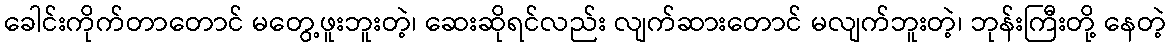
ခေါင်းကိုက်တာတောင် မတွေ့ဖူးဘူးတဲ့၊ ဆေးဆိုရင်လည်း လျက်ဆားတောင် မလျက်ဘူးတဲ့၊ ဘုန်းကြီးတို့ နေတဲ့